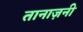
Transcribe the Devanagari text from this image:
तानाज़नी